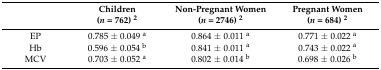
|  | Children(n = 762) 2 | Non-Pregnant Women(n = 2746) 2 | Pregnant Women(n = 684) 2 |
 | --- | --- | --- | --- |
 | EP | 0.785 ± 0.049 a | 0.864 ± 0.011 a | 0.771 ± 0.022 a |
 | Hb | 0.596 ± 0.054 b | 0.841 ± 0.011 a | 0.743 ± 0.022 a |
 | MCV | 0.703 ± 0.052 a | 0.802 ± 0.014 b | 0.698 ± 0.026 b |